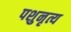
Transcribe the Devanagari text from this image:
पशुनृत्य